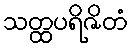
သတ္ထပရိဇိတံ